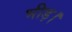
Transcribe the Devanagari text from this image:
भीड़।